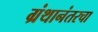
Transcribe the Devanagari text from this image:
ग्रंथानंतरचा